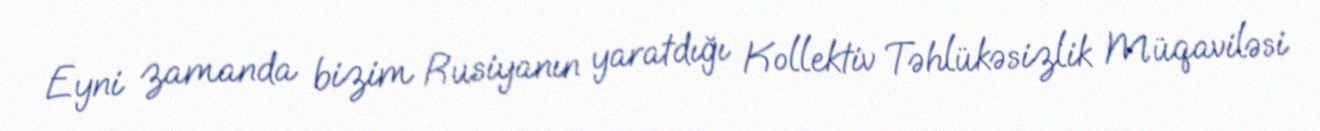
Eyni zamanda bizim Rusiyanın yaratdığı Kollektiv Təhlükəsizlik Müqaviləsi